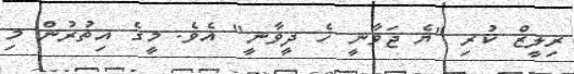
ރިލީޒް ކުރި "ޔެ ޖަވާނީ ހެ ދީވާނީ" އެވެ. މީގެ އިތުރުން މި